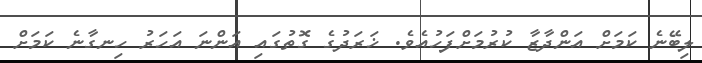
ލިބޭނެ ކަމަށް އަންދާޒާ ކުރުމަށްފަހުއެވެ. ޚަރަދުގެ ގޮތުގައި އަންނަ އަހަރު ހިނގާނެ ކަމަށް